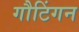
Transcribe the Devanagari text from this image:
गौटिंगन